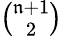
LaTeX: \textstyle{\binom{\mathfrak{n}+1}{2}}